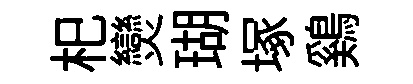
𣏌𤓖瑚塚鷄